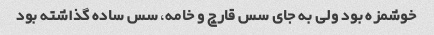
خوشمزه بود ولی به جای سس قارچ و خامه، سس ساده گذاشته بود